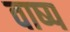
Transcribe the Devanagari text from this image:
वाष्‍प